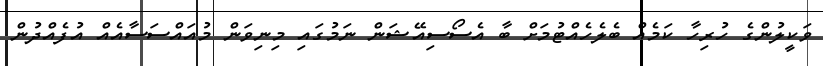
ވަކީލުންގެ ހުރިހާ ކަމެއް ބެލެހެއްޓުމަށް ބާ އެސޯސިއޭޝަން ނަމުގައި މިނިވަން މުއައްސަސާއެއް އުފެއްދުން